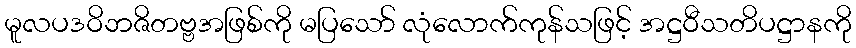
မူလပဒဝိဘဇိတဗ္ဗအဖြစ်ကို မပြသော် လုံလောက်ကုန်သဖြင့် အဋ္ဌဝီသတိပဋ္ဌာနကို